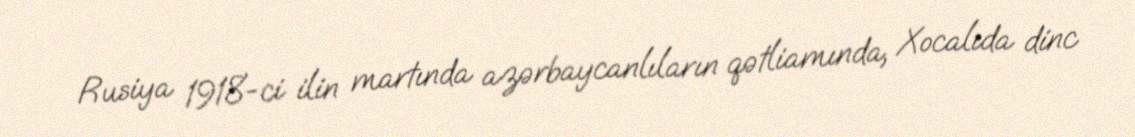
Rusiya 1918-ci ilin martında azərbaycanlıların qətliamında, Xocalıda dinc